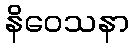
နိဝေသနာ